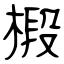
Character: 椴